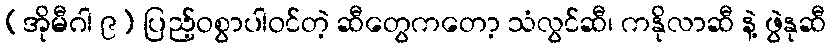
(အိုမီဂါ ၉) ပြည့်ဝစွာပါဝင်တဲ့ ဆီတွေကတော့ သံလွင်ဆီ၊ ကနိုလာဆီ နဲ့ ဖွဲနုဆီ